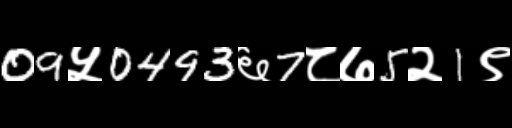
Text: 09५0493६7८७5२1९